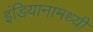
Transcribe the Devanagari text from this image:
इंडियानामध्यी